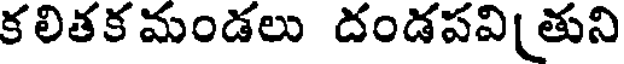
కలితక మండలు దండపవితుని